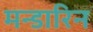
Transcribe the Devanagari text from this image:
मन्डारिन